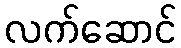
လက်ဆောင်